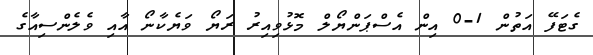
ގެޓަފޭ އަތުން 1-0 އިން އެސްޕަންޔޯލް މޮޅުވިއިރު ރަޔޯ ވަޔެކާނޯ އާއި ވެލެންސިއާގެ